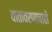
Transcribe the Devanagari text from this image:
वातावरणाचाही